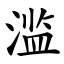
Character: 滥